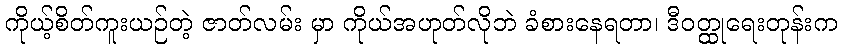
ကိုယ့်စိတ်ကူးယဉ်တဲ့ ဇာတ်လမ်း မှာ ကိုယ်အဟုတ်လိုဘဲ ခံစားနေရတာ၊ ဒီဝတ္ထုရေးတုန်းက